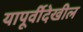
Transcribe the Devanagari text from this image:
यापूर्वीदेखील